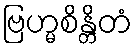
ဗြဟ္မစိန္တိတံ